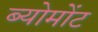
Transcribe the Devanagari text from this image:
ब्योमोंट